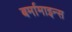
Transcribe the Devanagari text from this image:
बर्मामाइन्स